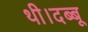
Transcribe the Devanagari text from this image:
थी।दब्बू